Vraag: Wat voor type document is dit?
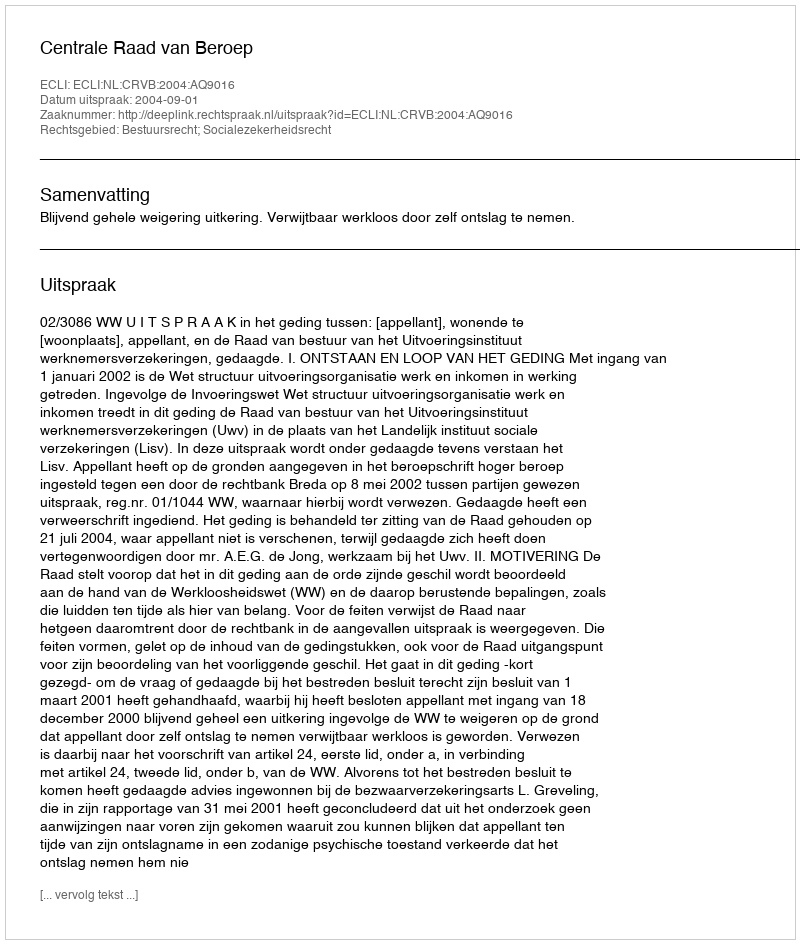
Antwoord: Uitspraak